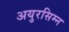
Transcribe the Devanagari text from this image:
अयुरसिम्न